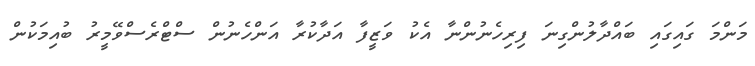
މަންމަ ގައިގައި ބައްދާލުންގިނަ ފިރިހެނުންނާ އެކު ވަޒީފާ އަދާކުރާ އަންހެނުން ސްޓްރެސްވޭމީރު ބުއިމަކުން